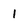
Character: 1